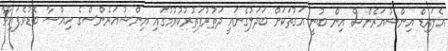
އެލައިޑް އިންޝުއަރެންސް އިން ބުނީ އަގުތަކަށް ބަދަލުގެނައީ ދަތުރުފަތުރުކުރުމުގައި އިންޝުއަރެންސްގެ ހިއްސާ ބޮޑުވެފައިވާ